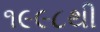
૧૯૯૮થી